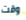
وقت